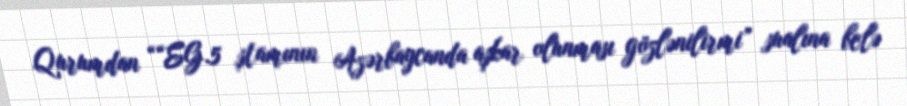
Qurumdan ““EG.5 ştamının Azərbaycanda aşkar olunması gözlənilirmi” sualına belə